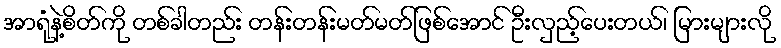
အာရုံနဲ့စိတ်ကို တစ်ခါတည်း တန်းတန်းမတ်မတ်ဖြစ်အောင် ဦးလှည့်ပေးတယ်၊ မြားများလို